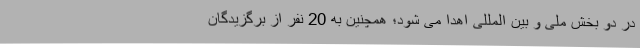
در دو بخش ملی و بین المللی اهدا می شود؛ همچنین به 20 نفر از برگزیدگان